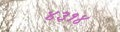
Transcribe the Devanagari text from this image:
४३१४